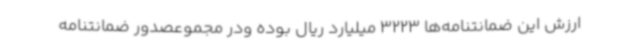
ارزش این ضمانتنامه‌ها 3223 میلیارد ریال بوده ودر مجموعصدور ضمانتنامه